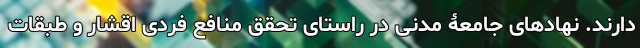
دارند. نهادهای جامعۀ مدنی در راستای تحقق منافع فردی اقشار و طبقات